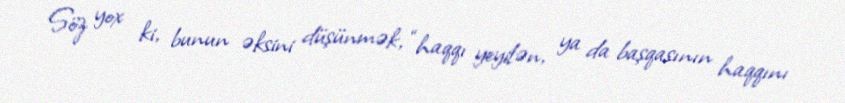
Söz yox ki, bunun əksini düşünmək, “haqqı yeyilən, ya da başqasının haqqını